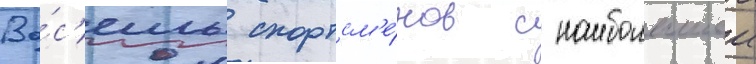
Во́с'емь спортсм'е́нов с наибольшеи